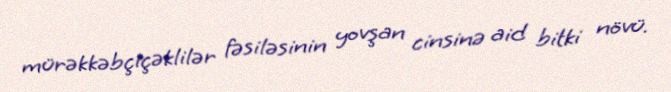
mürəkkəbçiçəklilər fəsiləsinin yovşan cinsinə aid bitki növü.